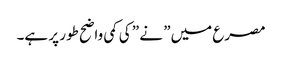
مصرع میں” نے ” کی کمی واضح طور پر ہے۔